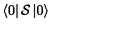
\left< 0 \right| { \cal { S } } \left| 0 \right>